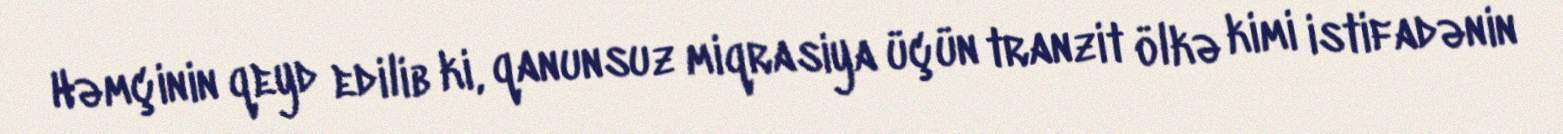
Həmçinin qeyd edilib ki, qanunsuz miqrasiya üçün tranzit ölkə kimi istifadənin